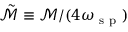
\tilde { \mathcal { M } } \equiv \mathcal { M } / ( 4 \omega _ { \mathrm { ~ s ~ p ~ } } )